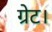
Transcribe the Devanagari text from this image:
ग्रेट।